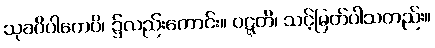
သုခဝိပါကေပိ၊ ၌လည်းကောင်း။ ဝဋ္ဋတိ၊ သင့်မြတ်ပါသတည်း။